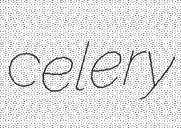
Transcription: celery